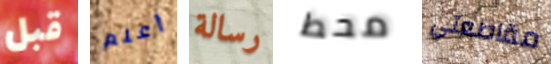
قبل أعلم رسالة محط مقاطعتي